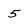
Character: 5